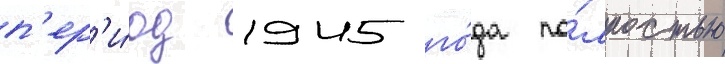
п'ер'и́од 1945 го́да по́лностью